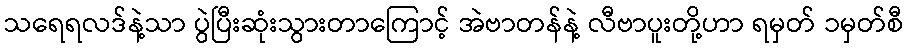
သရေရလဒ်နဲ့သာ ပွဲပြီးဆုံးသွားတာကြောင့် အဲဗာတန်နဲ့ လီဗာပူးတို့ဟာ ရမှတ် ၁မှတ်စီ